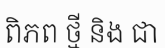
ពិភព ថ្មី និង ជា